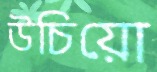
উচিয়ো